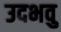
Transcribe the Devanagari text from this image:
उदभवु